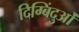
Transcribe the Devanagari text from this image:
दिग्बिंदुओं